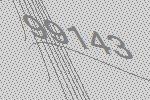
99143